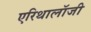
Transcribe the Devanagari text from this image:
एरिथालॉजी